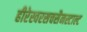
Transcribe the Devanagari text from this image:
हीरेस्वरसचसैनस्टाल्ट